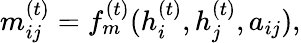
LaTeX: {m}_{ij}^{(t)}=f_{m}^{(t)}(h_{i}^{(t)},h_{j}^{(t)},a_{ij}),